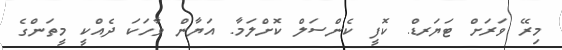
މިރޭ ވަރަށް ޓަޔަރޑް. ކޮފީ ކެންސަލް ކޮށްލަމާ. އަޔާން ވާހަކަ ދެއްކީ މީތަަންގެ